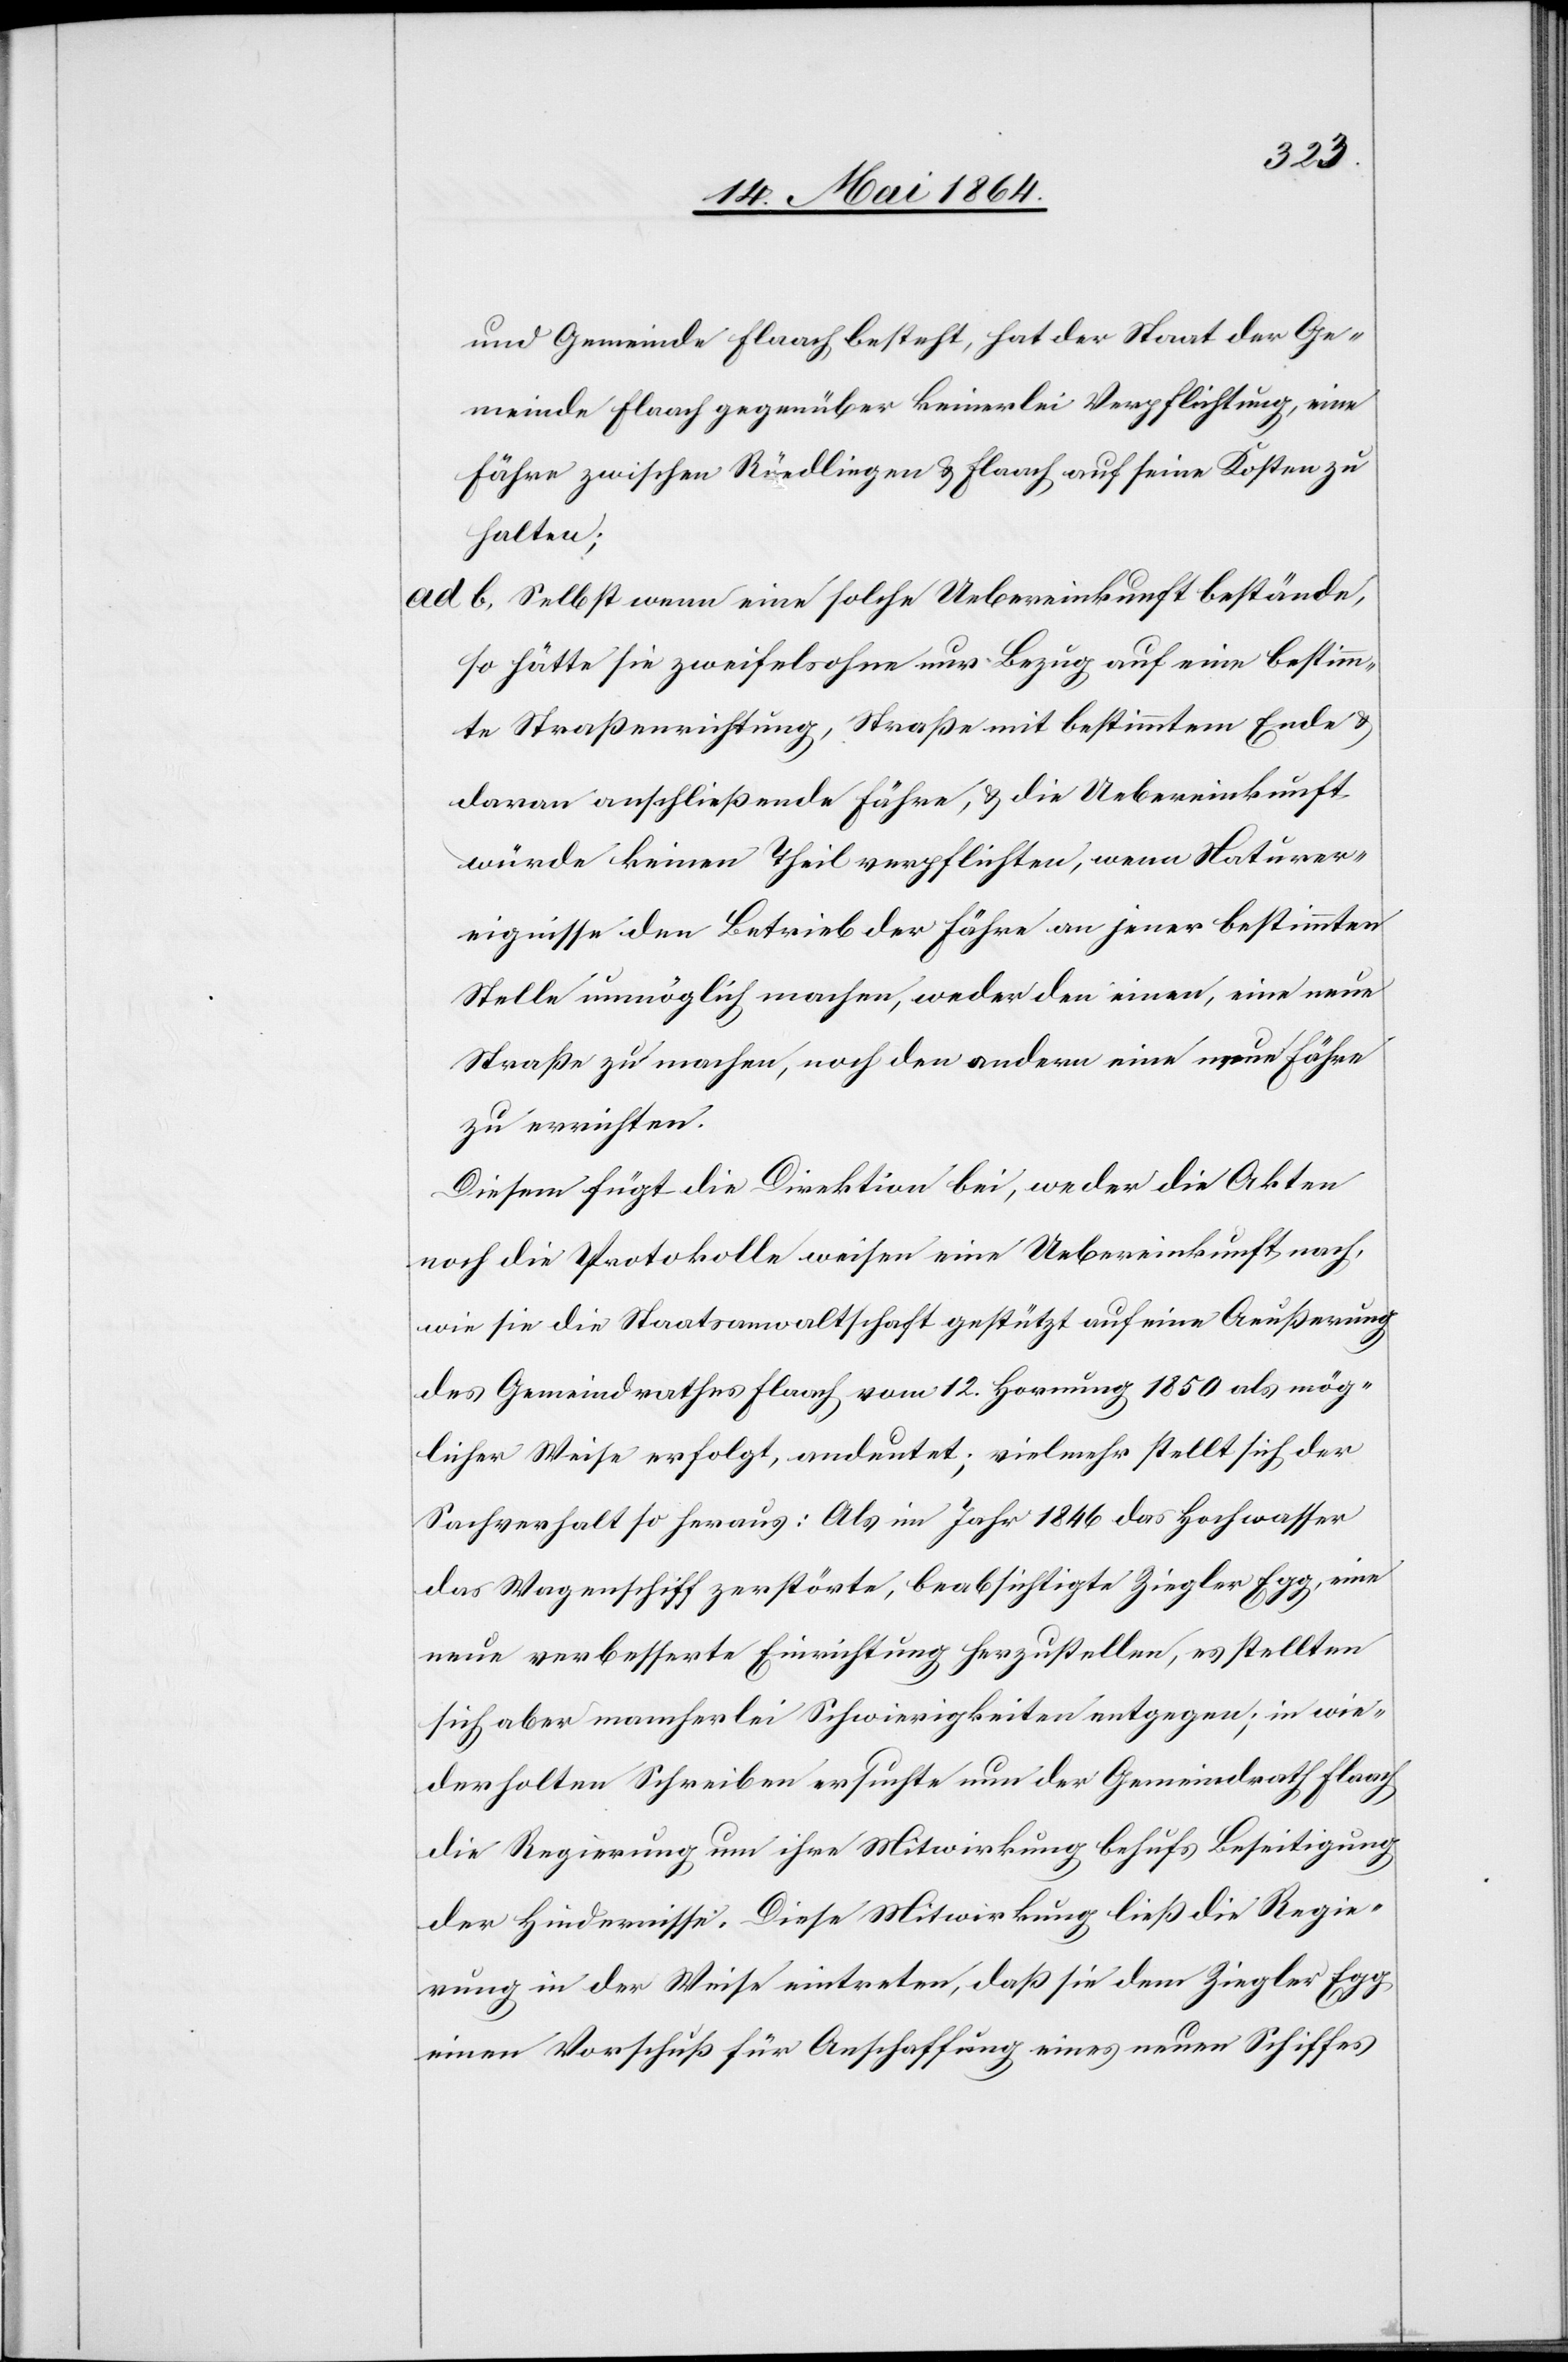
und Gemeinde Flaach besteht, hat der Staat der Ge¬
meinde Flaach gegenüber keinerlei Verpflichtung, eine
Fähre zwischen Rüedlingen u. Flaach auf seine Kosten zu
halten;
ad b. Selbst wenn eine solche Uebereinkunft bestände,
so hätte sie zweifelsohne nur Bezug auf eine bestimm¬
te Straßenrichtung, Straße mit bestimmtem Ende u.
daran anschließende Fähre, u. die Uebereinkunft
würde keinen Theil verpflichten, wenn Naturer¬
eignisse den Betrieb der Fähre an jener bestimmten
Stelle unmöglich machen, weder den einen, eine neue
Straße zu machen, noch den andern eine neue Fähre
zu errichten.
Diesem fügt die Direktion bei, weder die Akten
noch die Protokolle weisen eine Uebereinkunft nach,
wie sie die Staatsanwaltschaft gestützt auf eine Aeußerung
des Gemeindrathes Flaach vom 12. Hornung 1850 als mög¬
licher Weise erfolgt, andeutet; vielmehr stellt sich der
Sachverhalt so heraus: Als im Jahr 1846 das Hochwasser
das Wagenschiff zerstörte, beabsichtigte Ziegler Egg, eine
neue verbesserte Einrichtung herzustellen, es stellten
sich aber mancherlei Schwierigkeiten entgegen; in wie¬
derholten Schreiben ersuchte nun der Gemeindrath Flaach
die Regierung um ihre Mitwirkung behufs Beseitigung
der Hindernisse. Diese Mitwirkung ließ die Regie¬
rung in der Weise eintreten, daß sie dem Ziegler Egg
einen Vorschuß für Anschaffung eines neuen Schiffes